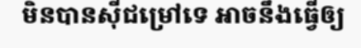
មិនបានស៊ីជម្រៅទេ អាចនឹងធ្វើឲ្យ